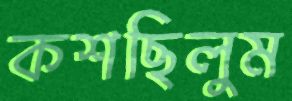
কশছিলুম